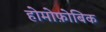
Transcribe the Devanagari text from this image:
होमोफ़ोबिक